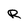
Character: R